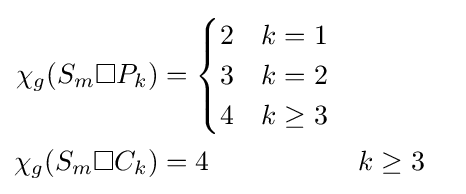
{\begin{aligned}\chi _{g}(S_{m}\square P_{k})&={\begin{cases}2&k=1\\3&k=2\\4&k\geq 3\end{cases}}\\\chi _{g}(S_{m}\square C_{k})&=4&&k\geq 3\end{aligned}}